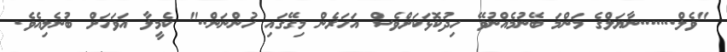
"ވެލް.......ނާޔަލްގެ މަންމަ ބޭނުމެއްނުވޭ ހިދުކޮޅަކަށްވެސް އަހަރެން މިގޭގައި ހުންނަން.." ކެމީލާ އަވަހަށް ބުނެލިއެވެ.